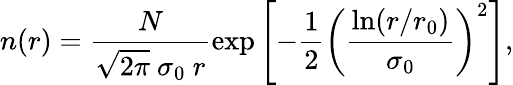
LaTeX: n(r)=\frac{N}{\sqrt{2\pi}\ \sigma_{0}\ r}\exp{\left[-\frac{1}{2}\left(\frac{\ln(r/r_{0})}{\sigma_{0}}\right)^{2}\right]},